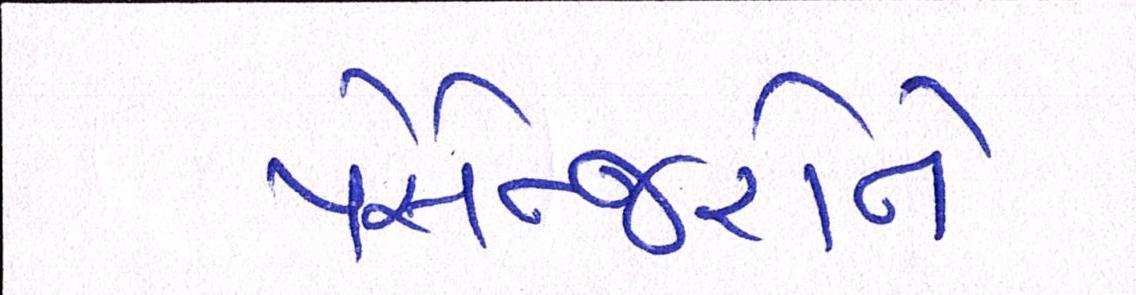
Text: પેસેન્જરોને